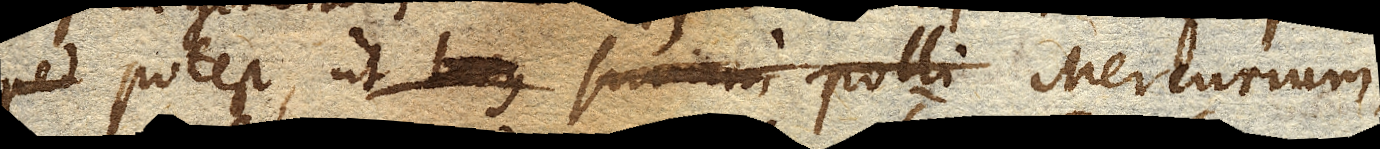
potest, ut Mercurium